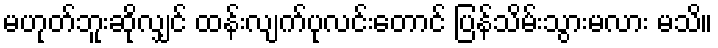
မဟုတ်ဘူးဆိုလျှင် ထန်းလျက်ပုလင်းတောင် ပြန်သိမ်းသွားမလား မသိ။